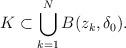
LaTeX: \begin{align*}K\subset\bigcup^N_{k=1}B(z_k,\delta_0).\end{align*}